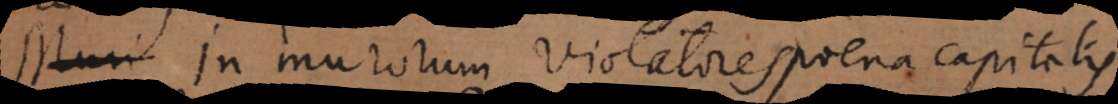
). In murorum violatores poena capitalis